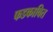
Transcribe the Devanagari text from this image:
फडकावित